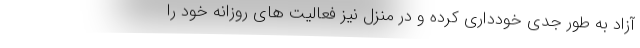
آزاد به طور جدی خودداری کرده و در منزل نیز فعالیت های روزانه خود را